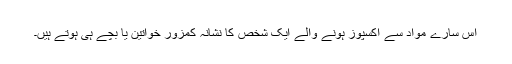
اس سارے مواد سے اکسپوز ہونے والے ایک شخص کا نشانہ کمزور خواتین یا بچے ہی ہوتے ہیں۔